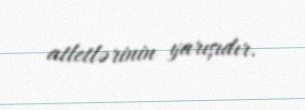
atletlərinin yarışıdır.